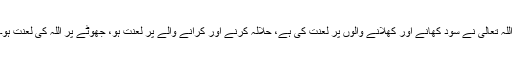
اللہ تعالیٰ نے سود کھانے اور کھلانے والوں پر لعنت کی ہے، حلالہ کرنے اور کرانے والے پر لعنت ہو، جھوٹے پر اللہ کی لعنت ہو۔